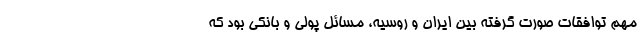
مهم توافقات صورت گرفته بین ایران و روسیه، مسائل پولی و بانکی بود که